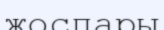
жоспары